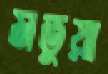
মতুয়া